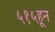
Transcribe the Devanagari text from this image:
५१५हून